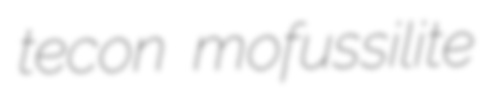
tecon mofussilite